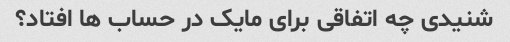
شنیدی چه اتفاقی برای مایک در حساب ها افتاد؟